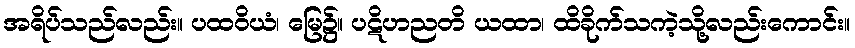
အရိပ်သည်လည်း။ ပထဝိယံ၊ မြေ၌။ ပဋိဟညတိ ယထာ၊ ထိခိုက်သကဲ့သို့လည်းကောင်း။